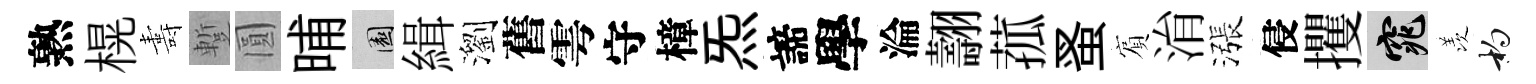
熟榥夀蹔圓晡園緝瀏舊雩守樟炁諦學淪翿菰蚤賔㳙漲侵攫窕羡杓